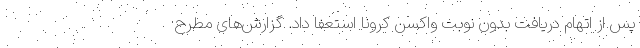
پس از اتهام دریافت بدون نوبت واکسن کرونا استعفا داد. گزارش‌های مطرح